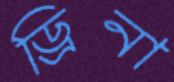
ড্রিনা